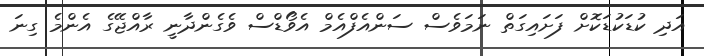
އަދި ކުޑަކުޑަކޮށް ފަށައިގަތް ނަމަވެސް ސަންއެފްއެމް އެވޯޑްސް ވެގެންދާނީ ރާއްޖޭގެ އެންމެ ގިނަ